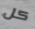
كل